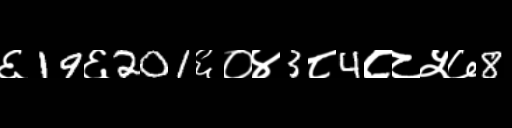
Text: ६19६201६०४3८4८८५७8